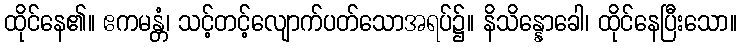
ထိုင်နေ၏။ ဧကမန္တံ၊ သင့်တင့်လျောက်ပတ်သောအရပ်၌။ နိသိန္နောခေါ၊ ထိုင်နေပြီးသော။